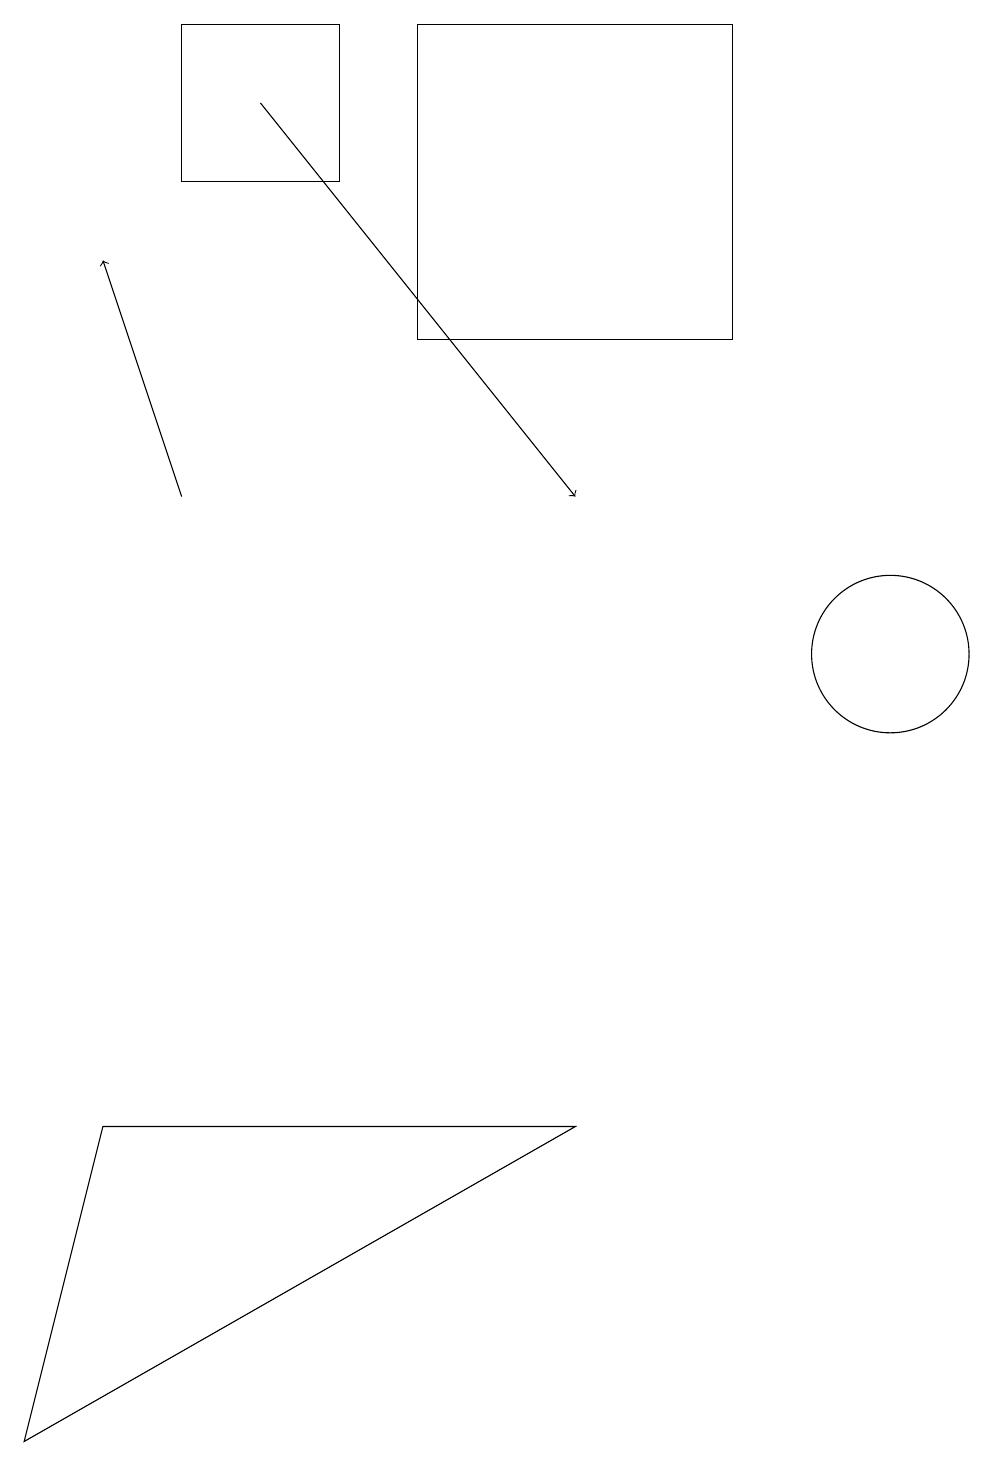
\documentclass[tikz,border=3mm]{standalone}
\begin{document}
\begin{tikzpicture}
\draw (5,14) rectangle (9,18);
\draw (11,10) circle (1);
\draw (10,12) circle (0);
\draw (2,16) rectangle (4,18);
\draw (0,0) -- (7,4) -- (1,4) -- cycle;
\draw[->] (2,12) -- (1,15);
\draw[->] (3,17) -- (7,12);
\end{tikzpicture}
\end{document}